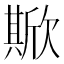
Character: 𣤘